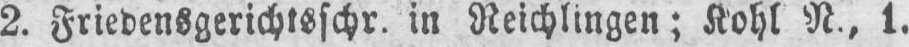
2. Friedensgerichtsschr. in Reichlingen; Kohl N., 1.